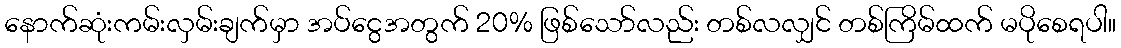
နောက်ဆုံးကမ်းလှမ်းချက်မှာ အပ်ငွေအတွက် 20% ဖြစ်သော်လည်း တစ်လလျှင် တစ်ကြိမ်ထက် မပိုစေရပါ။